Plague in India, 1896, 1897 - Volume 2
Year: 1896
Disease focus: Plague
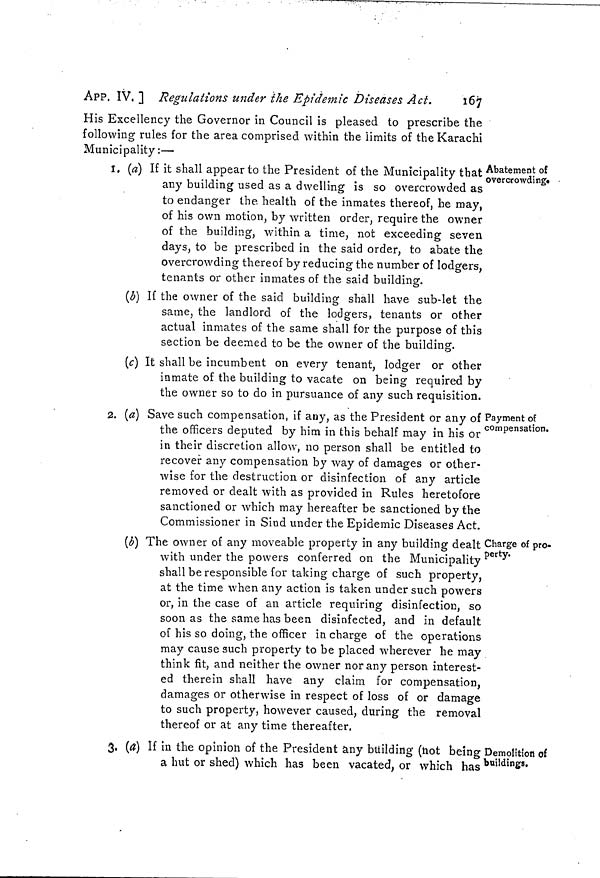
APP. IV, ] Regulations under the Epidemic Diseases Act.
167
His Excellency the Governor in Council is pleased to prescribe the
following rules for the area comprised within the limits of the Karachi
Municipality:—
Abatement of
overcrowding«
I. (a) If it shall appear to the President of the Municipality that
any building used as a dwelling is so overcrowded as
to endanger the. health of the inmates thereof, he may,
of his own motion, by written order, require the owner
of the building, within a time, not exceeding seven
days, to be prescribed in the said order, to abate the
overcrowding thereof by reducing the number of lodgers,
tenants or other inmates of the said building.
(b) If the owner of the said building shall have sub-let the
same, the landlord of the lodgers, tenants or other
actual inmates of the same shall for the purpose of this
section be deemed to be the owner of the building.
(c) It shall be incumbent on every tenant, lodger or other
inmate of the building to vacate on being required by
the owner so to do in pursuance of any such requisition.
Payment of
compensation.
2. (a) Save such compensation, if any, as the President or any of
the officers deputed by him in this behalf may in his or
in their discretion allow, no person shall be entitled to
recover any compensation by way of damages or other-
wise for the destruction or disinfection of any article
removed or dealt with as provided in Rules heretofore
sanctioned or which may hereafter be sanctioned by the
Commissioner in Sind under the Epidemic Diseases Act.
Charge of pro-
perty.
(b) The owner of any moveable property in any building dealt
with under the powers conferred on the Municipality
shall be responsible for taking charge of such property,
at the time when any action is taken under such powers
or, in the case of an article requiring disinfection, so
soon as the same has been disinfected, and in default
of his so doing, the officer in charge of the operations
may cause such property to be placed wherever he may
think fit, and neither the owner nor any person interest-
ed therein shall have any claim for compensation,
damages or otherwise in respect of loss of or damage
to such property, however caused, during the removal
thereof or at any time thereafter.
Demolition of
buildings.
3, (a) If in the opinion of the President any building (not being
a hut or shed) which has been vacated, or which has